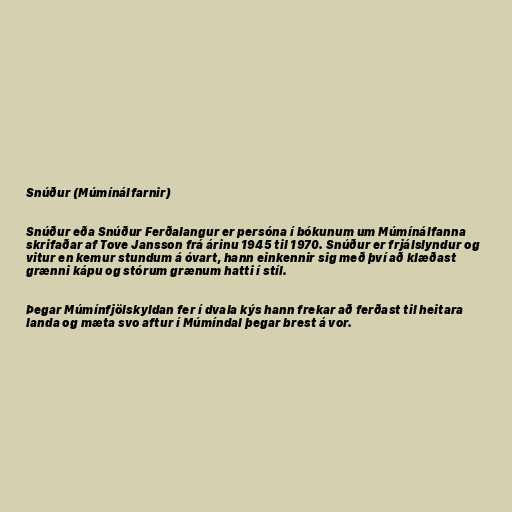
Snúður (Múmínálfarnir)

Snúður eða Snúður Ferðalangur er persóna í bókunum um Múmínálfanna
skrifaðar af Tove Jansson frá árinu 1945 til 1970. Snúður er frjálslyndur og
vitur en kemur stundum á óvart, hann einkennir sig með því að klæðast
grænni kápu og stórum grænum hatti í stíl.

Þegar Múmínfjölskyldan fer í dvala kýs hann frekar að ferðast til heitara
landa og mæta svo aftur í Múmíndal þegar brest á vor.